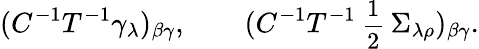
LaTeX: (C^{-1}T^{-1}\gamma_{\lambda})_{\beta\gamma},\qquad(C^{-1}T^{-1}{\mathrm{\small~\frac 12~}}\Sigma_{\lambda\rho})_{\beta\gamma}.